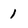
Character: 1